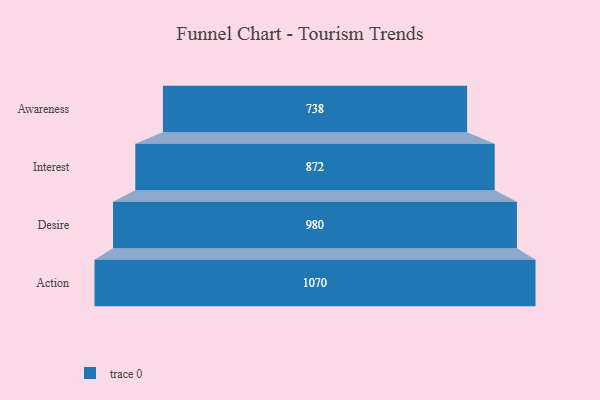
{"axis": {"x": "Stage", "y": "Value"}, "legend": [""], "data": [{"x": "Awareness", "y": 738.0, "type": ""}, {"x": "Interest", "y": 872.0, "type": ""}, {"x": "Desire", "y": 980.0, "type": ""}, {"x": "Action", "y": 1070.0, "type": ""}]}